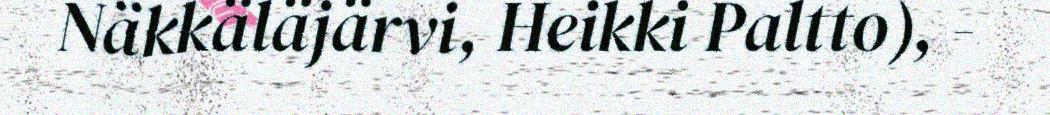
Näkkäläjärvi, Heikki Paltto), -